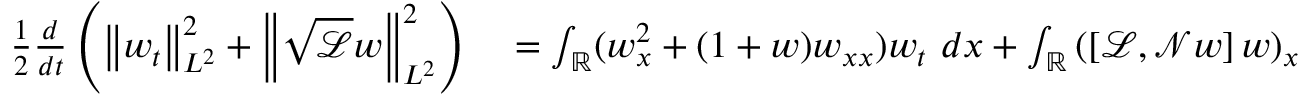
\begin{array} { r l } { \frac { 1 } { 2 } \frac { d } { d t } \left( \left\| w _ { t } \right\| _ { L ^ { 2 } } ^ { 2 } + \left\| \sqrt { \mathscr { L } } w \right\| _ { L ^ { 2 } } ^ { 2 } \right) } & { { } = \int _ { \mathbb R } ( w _ { x } ^ { 2 } + ( 1 + w ) w _ { x x } ) w _ { t } \ d x + \int _ { \mathbb R } \left( \left[ \mathscr { L } , \mathscr { N } w \right] w \right) _ { x } w _ { t } \ d x } \end{array}